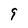
Character: 9